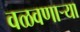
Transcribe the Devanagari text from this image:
वळवणाऱ्या